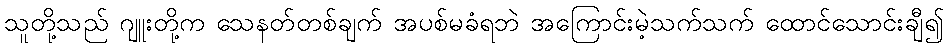
သူတို့သည် ဂျူးတို့က သေနတ်တစ်ချက် အပစ်မခံရဘဲ အကြောင်းမဲ့သက်သက် ထောင်သောင်းချီ၍